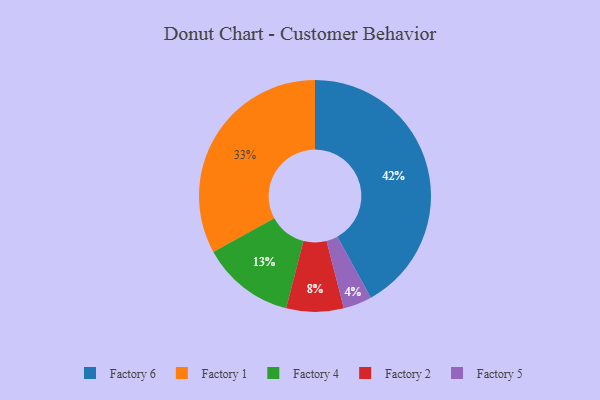
{"axis": {"x": "Category", "y": "Percentage"}, "legend": ["Factory 1", "Factory 2", "Factory 4", "Factory 5", "Factory 6"], "data": [{"x": "Factory 4", "y": 13, "type": "Factory 4"}, {"x": "Factory 6", "y": 42, "type": "Factory 6"}, {"x": "Factory 5", "y": 4, "type": "Factory 5"}, {"x": "Factory 1", "y": 33, "type": "Factory 1"}, {"x": "Factory 2", "y": 8, "type": "Factory 2"}]}